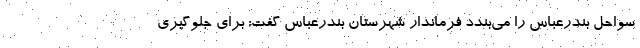
سواحل بندرعباس را می‌بندد فرماندار شهرستان بندرعباس گفت: برای جلوگیری